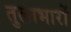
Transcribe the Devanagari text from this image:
तुलाभारों